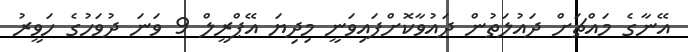
އޭނާގެ މައްޗަށް ދައުލަތުން ދައުވާކޮށްފައިވަނީ މިދިޔަ އޭޕްރީލް 9 ވަނަ ދުވަހުގެ ހަވީރު